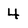
Character: 4